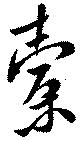
橐